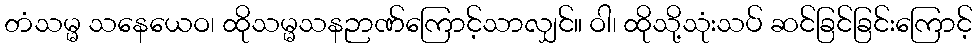
တံသမ္မ သနေယေဝ၊ ထိုသမ္မသနဉာဏ်ကြောင့်သာလျှင်။ ဝါ၊ ထိုသို့သုံးသပ် ဆင်ခြင်ခြင်းကြောင့်